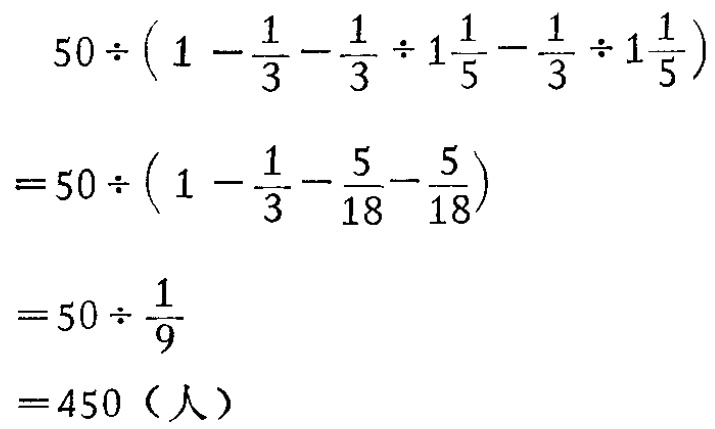
\[

\begin{align*}

&50\div\left(1 - \frac{1}{3} - \frac{1}{3}\div1\frac{1}{5} - \frac{1}{3}\div1\frac{1}{5}\right)\\

=&50\div\left(1 - \frac{1}{3} - \frac{5}{18} - \frac{5}{18}\right)\\

=&50\div\frac{1}{9}\\

=&450（人）

\end{align*}

\]